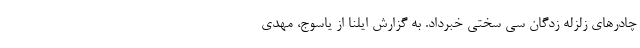
چادرهای زلزله زدگان سی سختی خبرداد. به گزارش ایلنا از یاسوج، مهدی